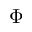
\Phi